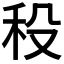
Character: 𥝻